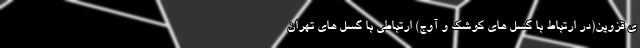
ی قزوین(در ارتباط با گسل های کوشک و آوج) ارتباطی با گسل های تهران